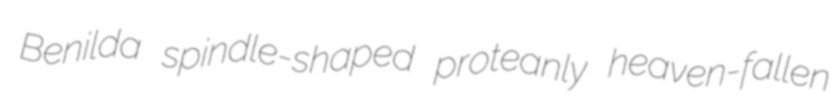
Benilda spindle-shaped proteanly heaven-fallen